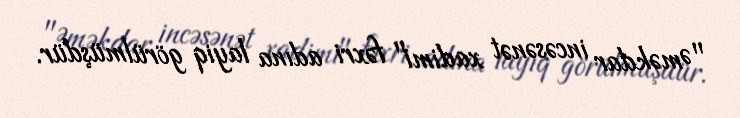
"Əməkdar incəsənət xadimi" fəxri adına layiq görülmüşdür.